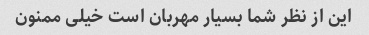
این از نظر شما بسیار مهربان است خیلی ممنون